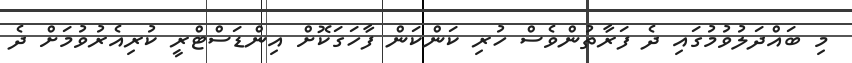
މި ބައްދަލުވުމުގައި ދެ ފަރާތުންވެސް ހުރި ކަންކަން ފާހަގަކޮށް އިންޑަސްޓްރީ ކުރިއެރުވުމަށް ދެ